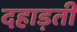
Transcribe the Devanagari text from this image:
दहाड़ती